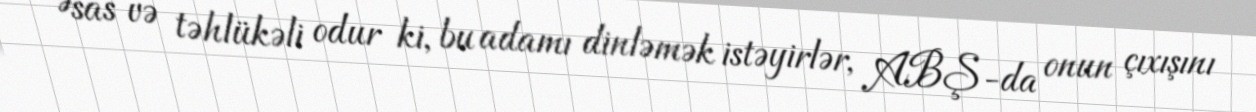
Əsas və təhlükəli odur ki, bu adamı dinləmək istəyirlər, ABŞ-da onun çıxışını